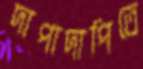
দাপাদাপিতে